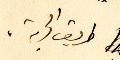
طريق الحرية،